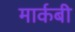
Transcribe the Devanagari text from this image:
मार्कबी